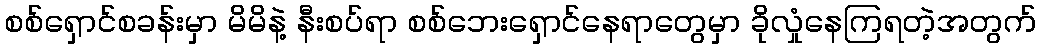
စစ်ရှောင်စခန်းမှာ မိမိနဲ့ နီးစပ်ရာ စစ်ဘေးရှောင်နေရာတွေမှာ ခိုလှုံနေကြရတဲ့အတွက်